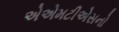
એએમટીએસનો